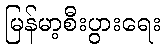
မြန်မာ့စီးပွားရေး